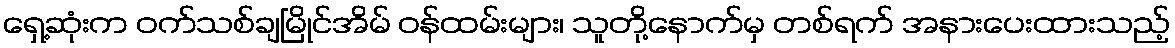
ရှေ့ဆုံးက ဝက်သစ်ချမြိုင်အိမ် ဝန်ထမ်းများ၊ သူတို့နောက်မှ တစ်ရက် အနားပေးထားသည့်